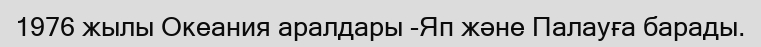
1976 жылы Океания аралдары -Яп және Палауға барады.